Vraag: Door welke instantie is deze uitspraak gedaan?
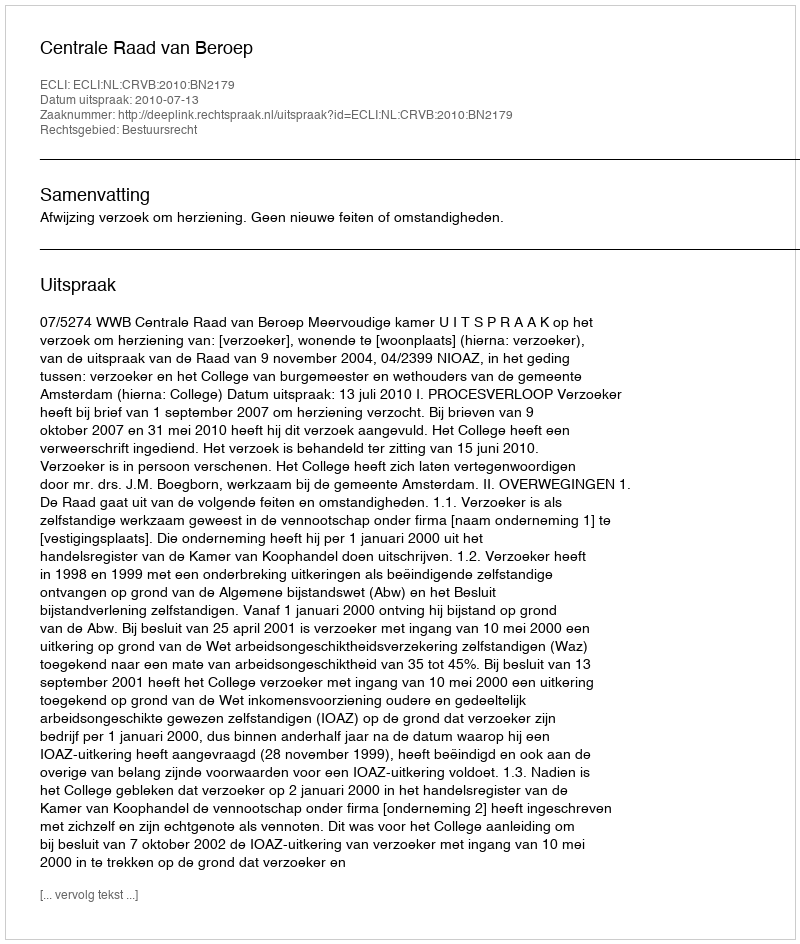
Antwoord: Centrale Raad van Beroep